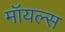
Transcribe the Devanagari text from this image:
मॉयल्स